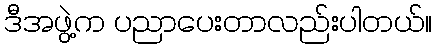
ဒီအဖွဲ့က ပညာပေးတာလည်းပါတယ်။